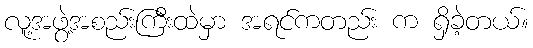
လူ့အဖွဲ့အစည်းကြီးထဲမှာ အရင်ကတည်း က ရှိခဲ့တယ်။